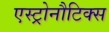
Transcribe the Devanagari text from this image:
एस्ट्रोनौटिक्स